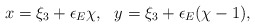
\begin{align*}x= \xi_3 + \epsilon_E \chi,\ \ y = \xi_3 + \epsilon_E (\chi -1),\end{align*}